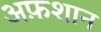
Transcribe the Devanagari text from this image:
अफ़शान